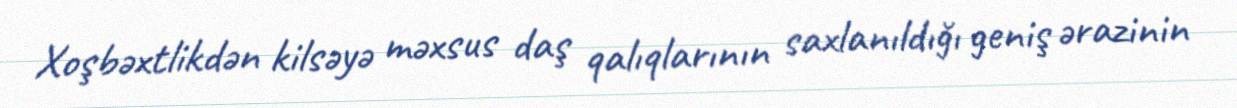
Xoşbəxtlikdən kilsəyə məxsus daş qalıqlarının saxlanıldığı geniş ərazinin